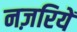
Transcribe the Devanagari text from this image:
नज़रियें